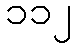
၁၁၂